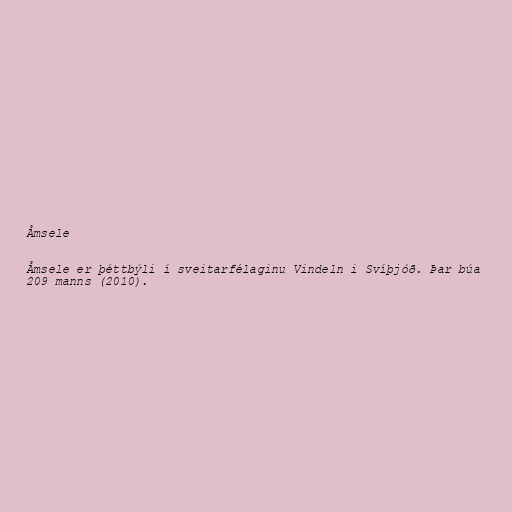
Åmsele

Åmsele er þéttbýli í sveitarfélaginu Vindeln i Svíþjóð. Þar búa
209 manns (2010).